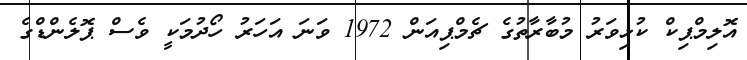
އޮލިމްޕިކް ކުޅިވަރު މުބާރާތުގެ ޗެމްޕިއަން 1972 ވަނަ އަހަރު ހޯދުމަކީ ވެސް ޕޮލެންޑްގެ